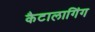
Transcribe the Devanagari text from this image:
कैटालागिंग